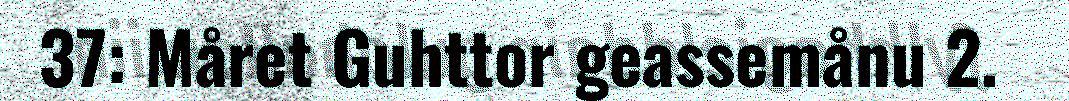
37: Måret Guhttor geassemånu 2.